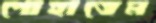
পোহাতেম